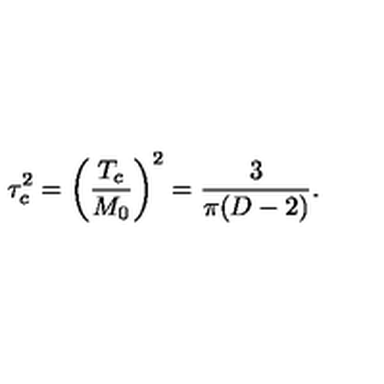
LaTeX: \tau _ { c } ^ { 2 } = \left( \frac { T _ { c } } { M _ { 0 } } \right) ^ { 2 } = \frac { 3 } { \pi ( D - 2 ) } { . }